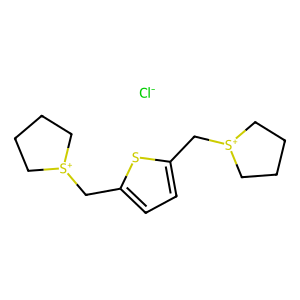
SMILES: [Cl-].c1cc(C[S+]2CCCC2)sc1C[S+]1CCCC1
Inhibits HIV replication: No